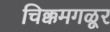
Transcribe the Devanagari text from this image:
चिक्कमगळूर